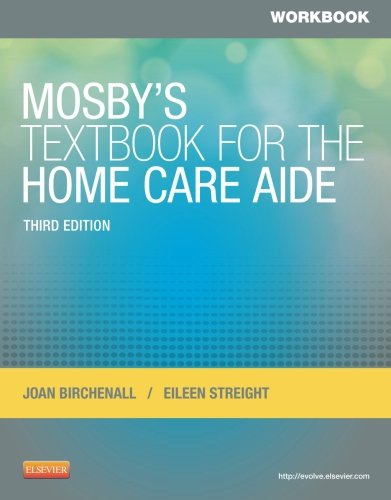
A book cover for Workbook for Mosby's Textbook for the Home Care Aide, 3e; Joan M. Birchenall RN  MEd; Medical Books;